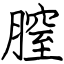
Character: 膣